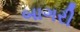
બાગરી